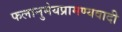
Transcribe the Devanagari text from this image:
फलानुमेयप्रामण्यवादी